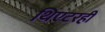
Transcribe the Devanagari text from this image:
थिएटरही